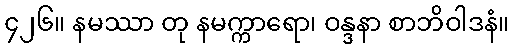
၄၂၆။ နမဿာ တု နမက္ကာရော၊ ဝန္ဒနာ စာဘိဝါဒနံ။